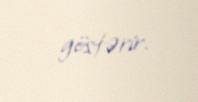
göstərir.